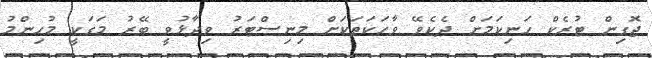
ޖޮގިން ޓުރެކް ހަނިކަމަށް ދެކެވޭ ވާހަކަތަކަށް މިނިސްޓަރު ވިދާޅުވީ ބޭރު މަގަކީ މުހިންމު